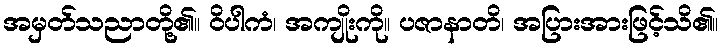
အမှတ်သညာတို့၏။ ဝိပါကံ၊ အကျိုးကို။ ပဇာနာတိ၊ အပြားအားဖြင့်သိ၏။